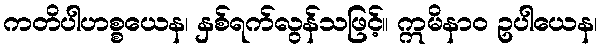
ကတိပါဟစ္စယေန၊ နှစ်ရက်လွန်သဖြင့်။ ဣမိနာဝ ဥပါယေန၊